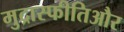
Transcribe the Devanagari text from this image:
मुद्रास्फीतिऔर